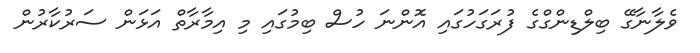
ވެލާނާގޭ ބިލްޑިންގްގެ ފުރަގަހުގައި އޮންނަ ހުސް ބިމުގައި މި އިމާރާތް އަޅަން ސަރުކާރުން